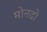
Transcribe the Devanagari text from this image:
मोनदो